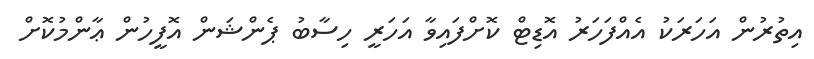
އިތުރުން އަހަރަކު އެއްފަހަރު އޮޑިޓް ކޮށްފައިވާ އަހަރީ ހިސާބު ޕެންޝަން އޮފީހުން ޢާންމުކޮށް